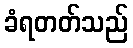
ခံရတတ်သည်